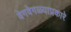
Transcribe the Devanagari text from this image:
वेगवेगळ्याप्रकारे